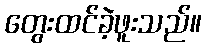
တွေးထင်ခဲ့ဖူးသည်။